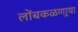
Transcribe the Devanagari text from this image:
लोंबकळणार्‍या